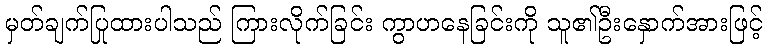
မှတ်ချက်ပြုထားပါသည် ကြားလိုက်ခြင်း ကွာဟနေခြင်းကို သူ၏ဦးနှောက်အားဖြင့်